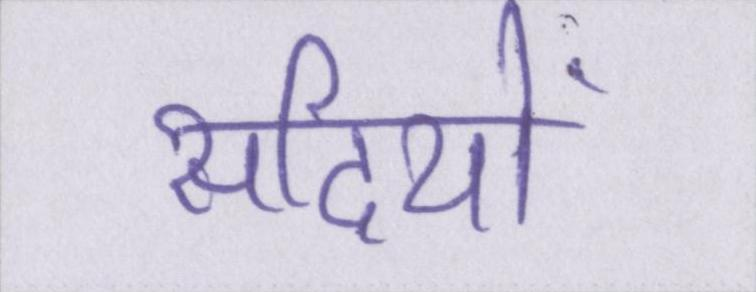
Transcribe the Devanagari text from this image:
सदियों